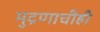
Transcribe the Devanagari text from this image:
मुद्रणाचीही